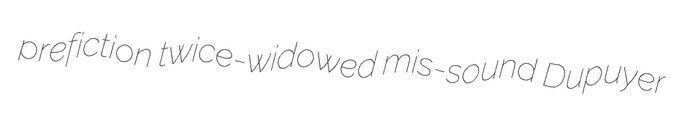
prefiction twice-widowed mis-sound Dupuyer